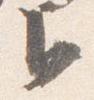
臣